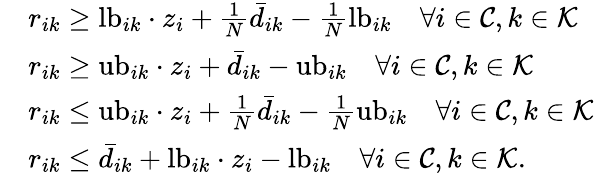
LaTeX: \begin{array}{rl}&{r_{ik}\geq\mathrm{lb}_{ik}\cdot z_{i}+\frac{1}{N}\bar{d}_{ik}-\frac{1}{N}\mathrm{lb}_{ik}\quad\forall i\in\mathcal{C},k\in\mathcal{K}}\\ &{r_{ik}\geq\mathrm{ub}_{ik}\cdot z_{i}+\bar{d}_{ik}-\mathrm{ub}_{ik}\quad\forall i\in\mathcal{C},k\in\mathcal{K}}\\ &{r_{ik}\leq\mathrm{ub}_{ik}\cdot z_{i}+\frac{1}{N}\bar{d}_{ik}-\frac{1}{N}\mathrm{ub}_{ik}\quad\forall i\in\mathcal{C},k\in\mathcal{K}}\\ &{r_{ik}\leq\bar{d}_{ik}+\mathrm{lb}_{ik}\cdot z_{i}-\mathrm{lb}_{ik}\quad\forall i\in\mathcal{C},k\in\mathcal{K}.}\end{array}